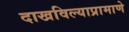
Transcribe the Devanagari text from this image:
दाखविल्याप्रामाणे